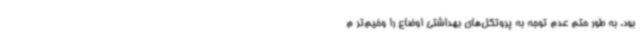
بود. به طور حتم عدم توجه به پروتکل‌های بهداشتی اوضاع را وخیم‌تر م